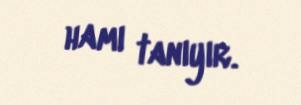
hamı tanıyır.